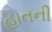
હાતની